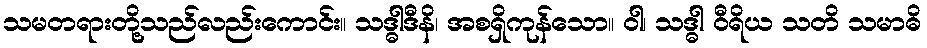
သမတရားတို့သည်လည်းကောင်း။ သဒ္ဓါဒီနိ၊ အစရှိကုန်သော။ ဝါ၊ သဒ္ဓါ ဝီရိယ သတိ သမာဓိ